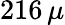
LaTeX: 216\, \mu